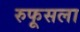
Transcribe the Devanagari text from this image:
रुफूसला